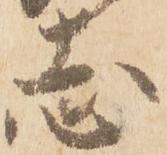
志